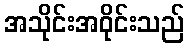
အသိုင်းအဝိုင်းသည်